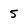
Character: 5